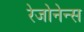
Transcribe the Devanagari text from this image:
रेजोनेन्स